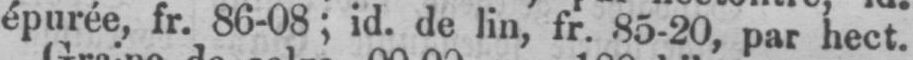
épurée, fr. 86-08; id. de lin, fr. 85-20, par hect.